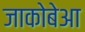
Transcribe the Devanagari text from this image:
जाकोबेआ